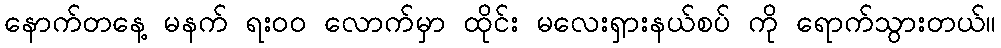
နောက်တနေ့ မနက် ရး၀၀ လောက်မှာ ထိုင်း မလေးရှားနယ်စပ် ကို ရောက်သွားတယ်။